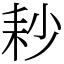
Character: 耖